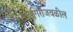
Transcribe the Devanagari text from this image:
रत्‍नागिरीजवळील